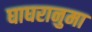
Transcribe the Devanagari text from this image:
घाघरानुमा